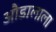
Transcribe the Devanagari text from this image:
औडालाला